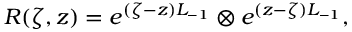
R ( \zeta , z ) = e ^ { ( \zeta - z ) L _ { - 1 } } \otimes e ^ { ( z - \zeta ) L _ { - 1 } } ,